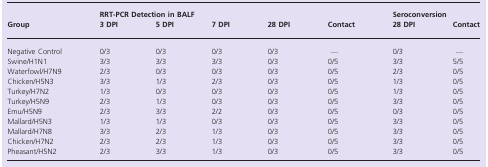
<table><thead><tr><td rowspan="2"><b>Group</b></td><td colspan="5"><b>RRT‐PCR Detection in BALF</b></td><td colspan="2"><b>Seroconversion</b></td></tr><tr><td><b>3 DPI</b></td><td><b>5 DPI</b></td><td><b>7 DPI</b></td><td><b>28 DPI</b></td><td><b>Contact</b></td><td><b>28 DPI</b></td><td><b>Contact</b></td></tr></thead><tbody><tr><td>Negative Control</td><td>0/3</td><td>0/3</td><td>0/3</td><td>0/3</td><td>—</td><td>0/3</td><td>—</td></tr><tr><td>Swine/H1N1</td><td>3/3</td><td>3/3</td><td>3/3</td><td>0/3</td><td>0/5</td><td>3/3</td><td>5/5</td></tr><tr><td>Waterfowl/H7N9</td><td>2/3</td><td>0/3</td><td>0/3</td><td>0/3</td><td>0/5</td><td>2/3</td><td>0/5</td></tr><tr><td>Chicken/H5N3</td><td>3/3</td><td>1/3</td><td>2/3</td><td>0/3</td><td>0/5</td><td>1/3</td><td>0/5</td></tr><tr><td>Turkey/H7N2</td><td>1/3</td><td>0/3</td><td>0/3</td><td>0/3</td><td>0/5</td><td>1/3</td><td>0/5</td></tr><tr><td>Turkey/H5N9</td><td>2/3</td><td>1/3</td><td>0/3</td><td>0/3</td><td>0/5</td><td>3/3</td><td>0/5</td></tr><tr><td>Emu/H5N9</td><td>2/3</td><td>3/3</td><td>2/2</td><td>0/3</td><td>0/5</td><td>0/3</td><td>0/5</td></tr><tr><td>Mallard/H5N3</td><td>1/3</td><td>1/3</td><td>0/3</td><td>0/3</td><td>0/5</td><td>3/3</td><td>0/5</td></tr><tr><td>Mallard/H7N8</td><td>3/3</td><td>2/3</td><td>1/3</td><td>0/3</td><td>0/5</td><td>3/3</td><td>0/5</td></tr><tr><td>Chicken/H7N2</td><td>2/3</td><td>2/3</td><td>1/3</td><td>0/3</td><td>0/5</td><td>3/3</td><td>0/5</td></tr><tr><td>Pheasant/H5N2</td><td>2/3</td><td>3/3</td><td>1/3</td><td>0/3</td><td>0/5</td><td>3/3</td><td>0/5</td></tr></tbody></table>